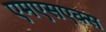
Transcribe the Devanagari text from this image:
एमएसएक्स